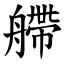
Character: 艜